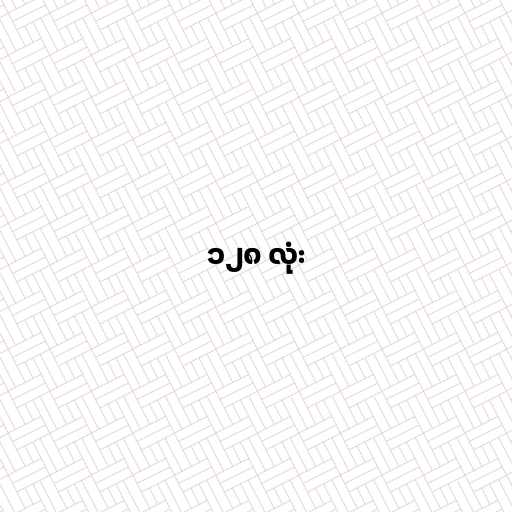
၁၂၈ လုံး